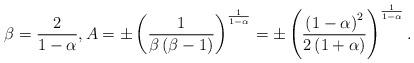
LaTeX: \begin{align*}\beta=\frac{2}{1-\alpha},A=\pm\left( \frac{1}{\beta\left(\beta-1\right) }\right) ^{\frac{1}{1-\alpha}}=\pm\left( \frac{\left(1-\alpha\right) ^{2}}{2\left( 1+\alpha\right) }\right) ^{\frac{1}{1-\alpha}}. \end{align*}